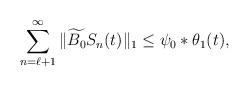
LaTeX: \begin{align*} \sum_{n=\ell+1}^\infty \|\widetilde{B_0}S_n(t)\|_1\leq \psi_0*\theta_1(t),\end{align*}